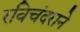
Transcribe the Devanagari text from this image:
रविचंदराने